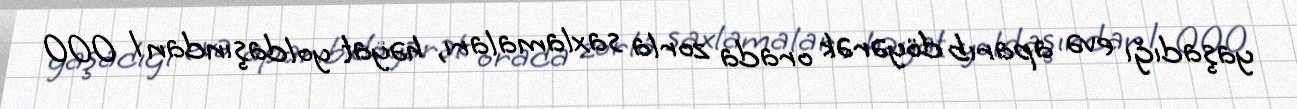
yaşadığı evə aparıb döyərək orada zorla saxlamaları, həyat yoldaşından 1 000